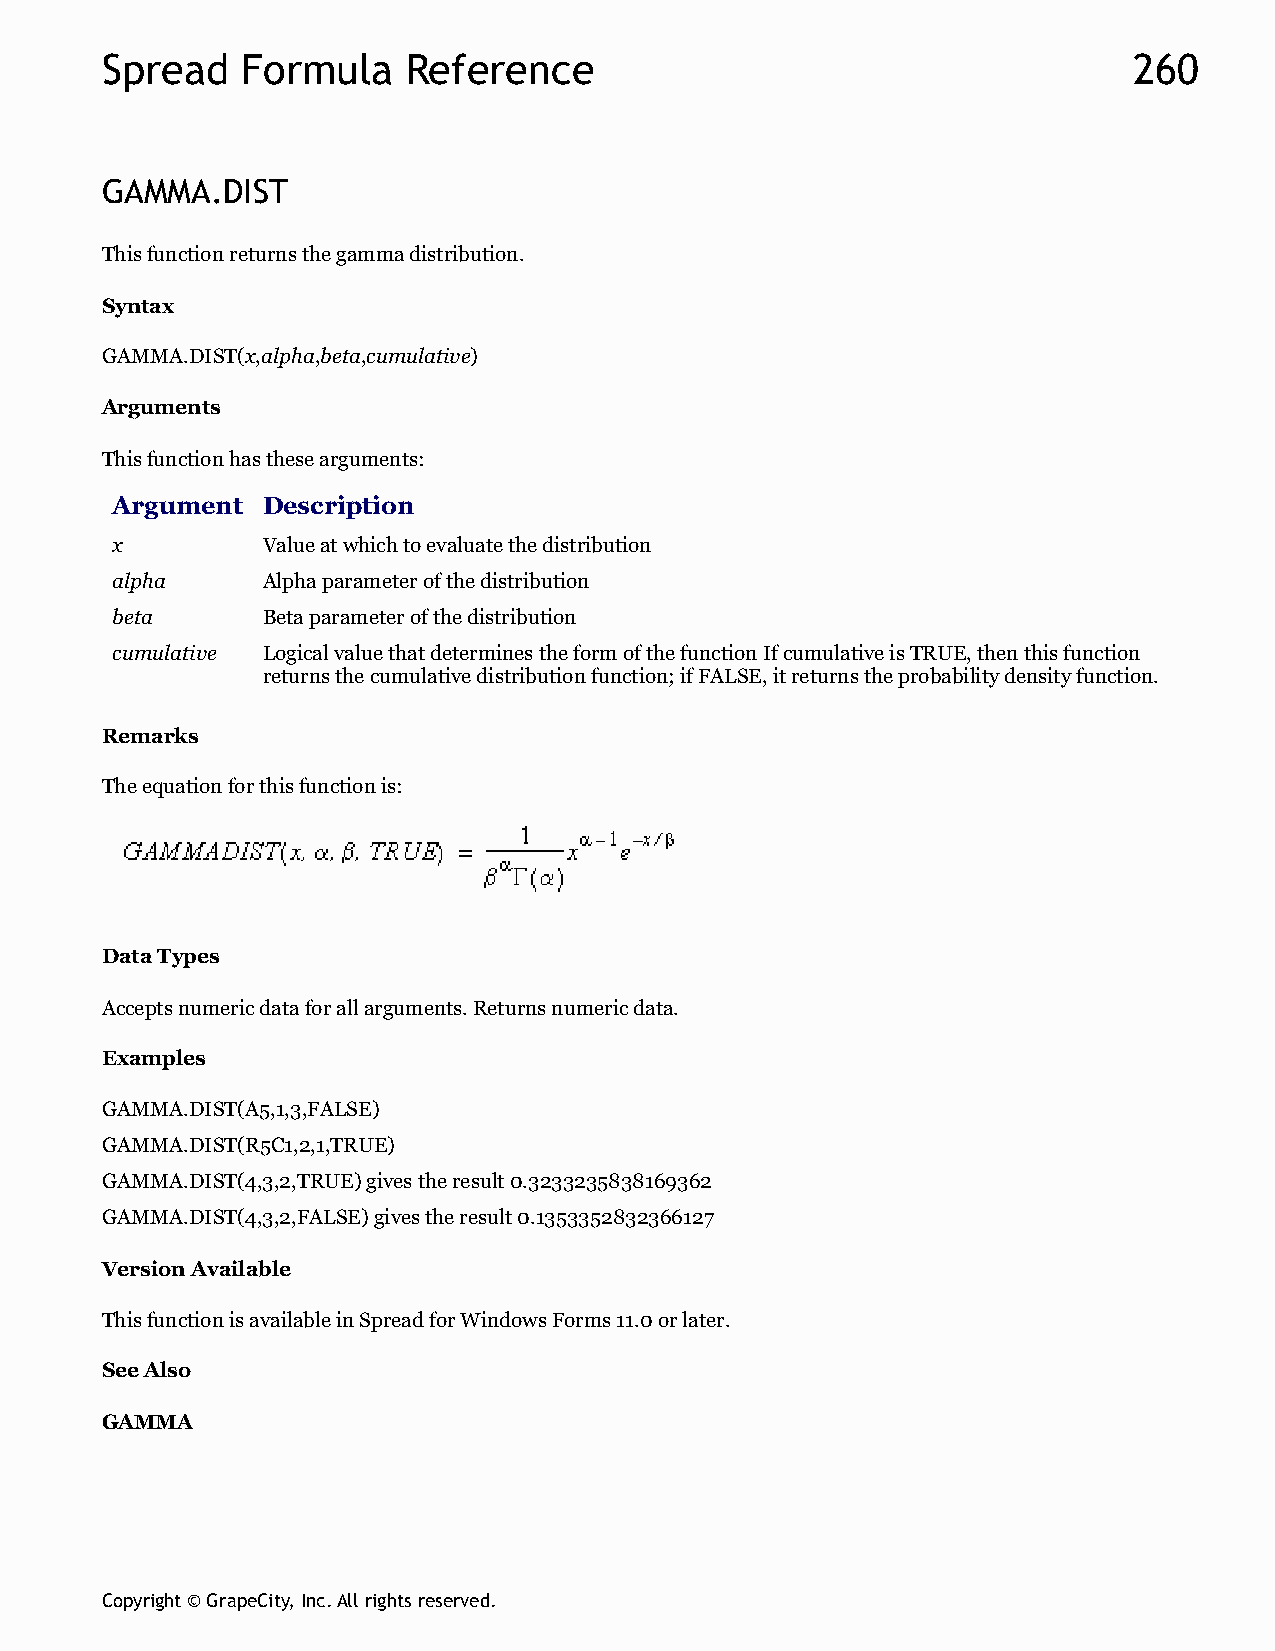
Spread   Formula    Reference                                       260
 GAMMA.DIST
 This function returns the gamma distribution.
 Syntax
 GAMMA.DIST(x,alpha,beta,cumulative)
 Arguments
 This function has these arguments:
 Argument  Description
 x         Value at which to evaluate the distribution
 alpha     Alpha parameter of the distribution
 beta      Beta parameter of the distribution
 cumulative Logical value that determines the form of the function If cumulative is TRUE, then this function
 returns the cumulative distribution function; if FALSE, it returns the probability density function.
 Remarks
 The equation for this function is:
 Data Types
 Accepts numeric data for all arguments. Returns numeric data.
 Examples
 GAMMA.DIST(A5,1,3,FALSE)
 GAMMA.DIST(R5C1,2,1,TRUE)
 GAMMA.DIST(4,3,2,TRUE) gives the result 0.3233235838169362
 GAMMA.DIST(4,3,2,FALSE) gives the result 0.1353352832366127
 Version Available
 This function is available in Spread for Windows Forms 11.0 or later.
 See Also
 GAMMA
 Copyright © GrapeCity, Inc. All rights reserved.